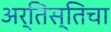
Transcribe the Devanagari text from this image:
अर्तिस्तिचा